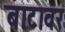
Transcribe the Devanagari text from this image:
बाटावर